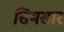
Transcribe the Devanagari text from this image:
सिमसार